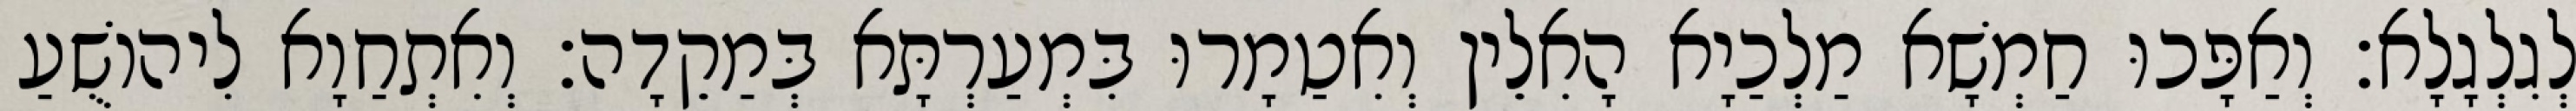
לְגִלְגָלָא׃ וְאַפָּכוּ חַמְשָׁא מַלְכַיָא הָאִלֵין וְאִטַמָרוּ בִּמְעַרְתָּא בְּמַקֵדָה׃ וְאִתְחַוָא לִיהוֹשֻׁעַ